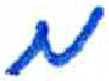
אות: מ